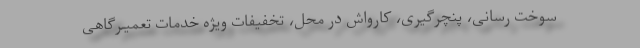
سوخت رسانی، پنچرگیری، کارواش در محل، تخفیفات ویژه خدمات تعمیـرگاهی